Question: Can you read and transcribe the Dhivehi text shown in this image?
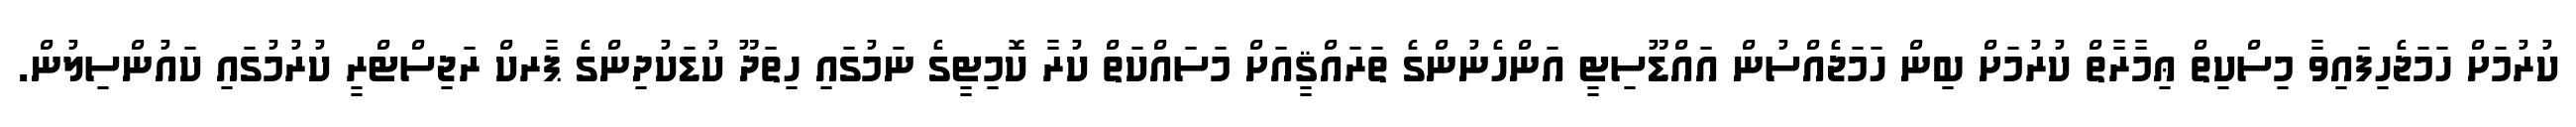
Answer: ކުރުމަށް ހަމަޖެހިފައިވާ މިސްކިތް ޢިމާރާތް ކުރުމަށް ބިން ހަމަޖެއްސުން އައްޑޫސިޓީ އަންހެނުންގެ ތަރައްޤީއަށް މަސައްކަތް ކުރާ ކޮމިޓީގެ ނަމުގައި ހިތަދޫ ކުޑަކުދިންގެ ޕާރކް ރަޖިސްޓްރީ ކުރުމުގައި ކައުންސިލުން.